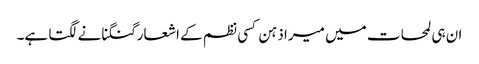
ان ہی لمحات میں میرا ذہن کسی نظم کے اشعار گنگنانے لگتا ہے۔